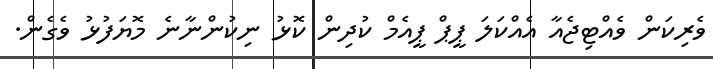
ވެރިކަން ވެއްޓިޖެއާ އެއްކަލަ ޕީޕް ޕީއެމް ކުދިން ކޮޅު ނިކުންނާނެ މޮޔަފުޅު ވެގެން.